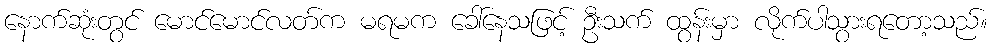
နောက်ဆုံးတွင် မောင်မောင်လတ်က မရမက ခေါ်နေသဖြင့် ဦးသက် ထွန်းမှာ လိုက်ပါသွားရတော့သည်။